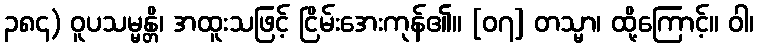
၃၈၄) ဝူပသမ္မန္တိ၊ အထူးသဖြင့် ငြိမ်းအေးကုန်၏။ [၀၇] တသ္မာ၊ ထို့ကြောင့်။ ဝါ၊